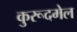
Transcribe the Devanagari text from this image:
कुरूदमेल